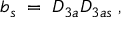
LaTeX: b _ { s } \; = \; D _ { 3 a } D _ { 3 a s } \; ,